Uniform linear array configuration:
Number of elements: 4
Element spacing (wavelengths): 0.25
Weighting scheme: binomial
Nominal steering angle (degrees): -45
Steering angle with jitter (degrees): -46.967
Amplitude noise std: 0.05
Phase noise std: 0.05

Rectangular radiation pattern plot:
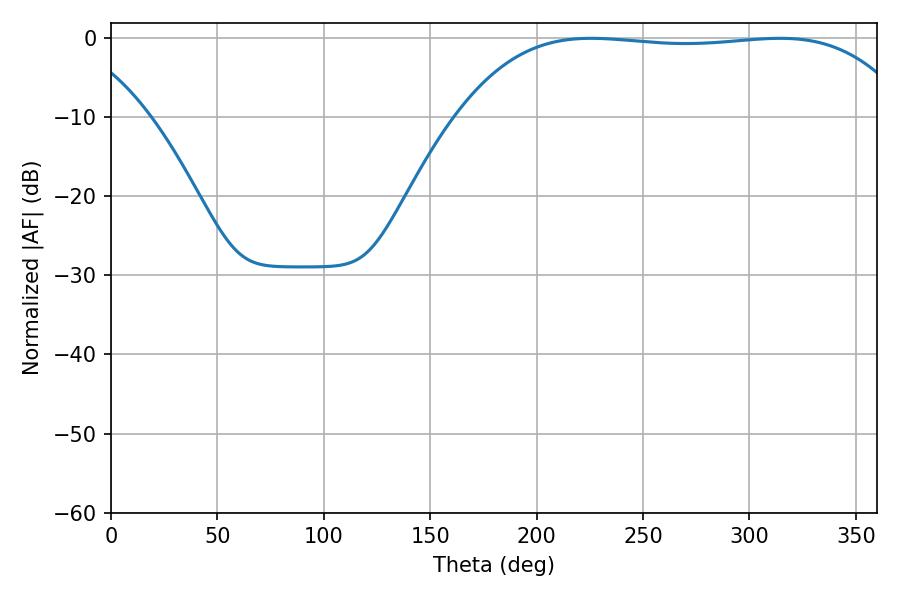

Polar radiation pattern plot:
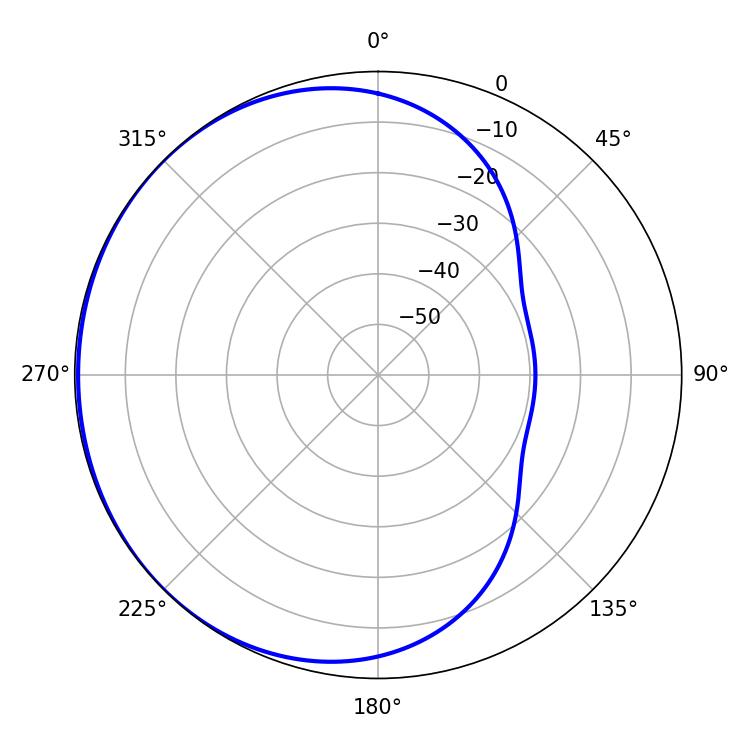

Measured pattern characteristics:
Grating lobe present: FALSE
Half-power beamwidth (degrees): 166.68
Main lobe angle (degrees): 225.54